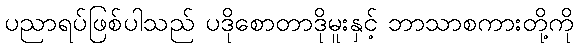
ပညာရပ်ဖြစ်ပါသည် ပဒိုစောတာဒိုမူးနှင့် ဘာသာစကားတို့ကို